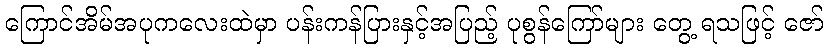
ကြောင်အိမ်အပုကလေးထဲမှာ ပန်းကန်ပြားနှင့်အပြည့် ပုစွန်ကြော်များ တွေ့ ရသဖြင့် ဇော်